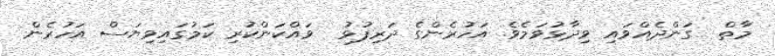
މާތް  ގަންދެއްވައި ވިދާޅުވަމެވެ. އަހުރެންގެ ދަރިފުޅު  ވައްކަންކުރި ކަމުގައިވިޔަސް އަހުރެން